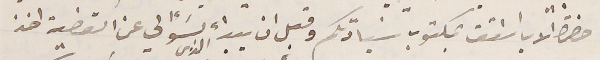
حضرة الاب اسَقف بمكتوب سيادتكم وقبل ان يبداء بسَؤالي عن القضية اخذ